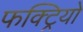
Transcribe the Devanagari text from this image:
फक्ट्रियो